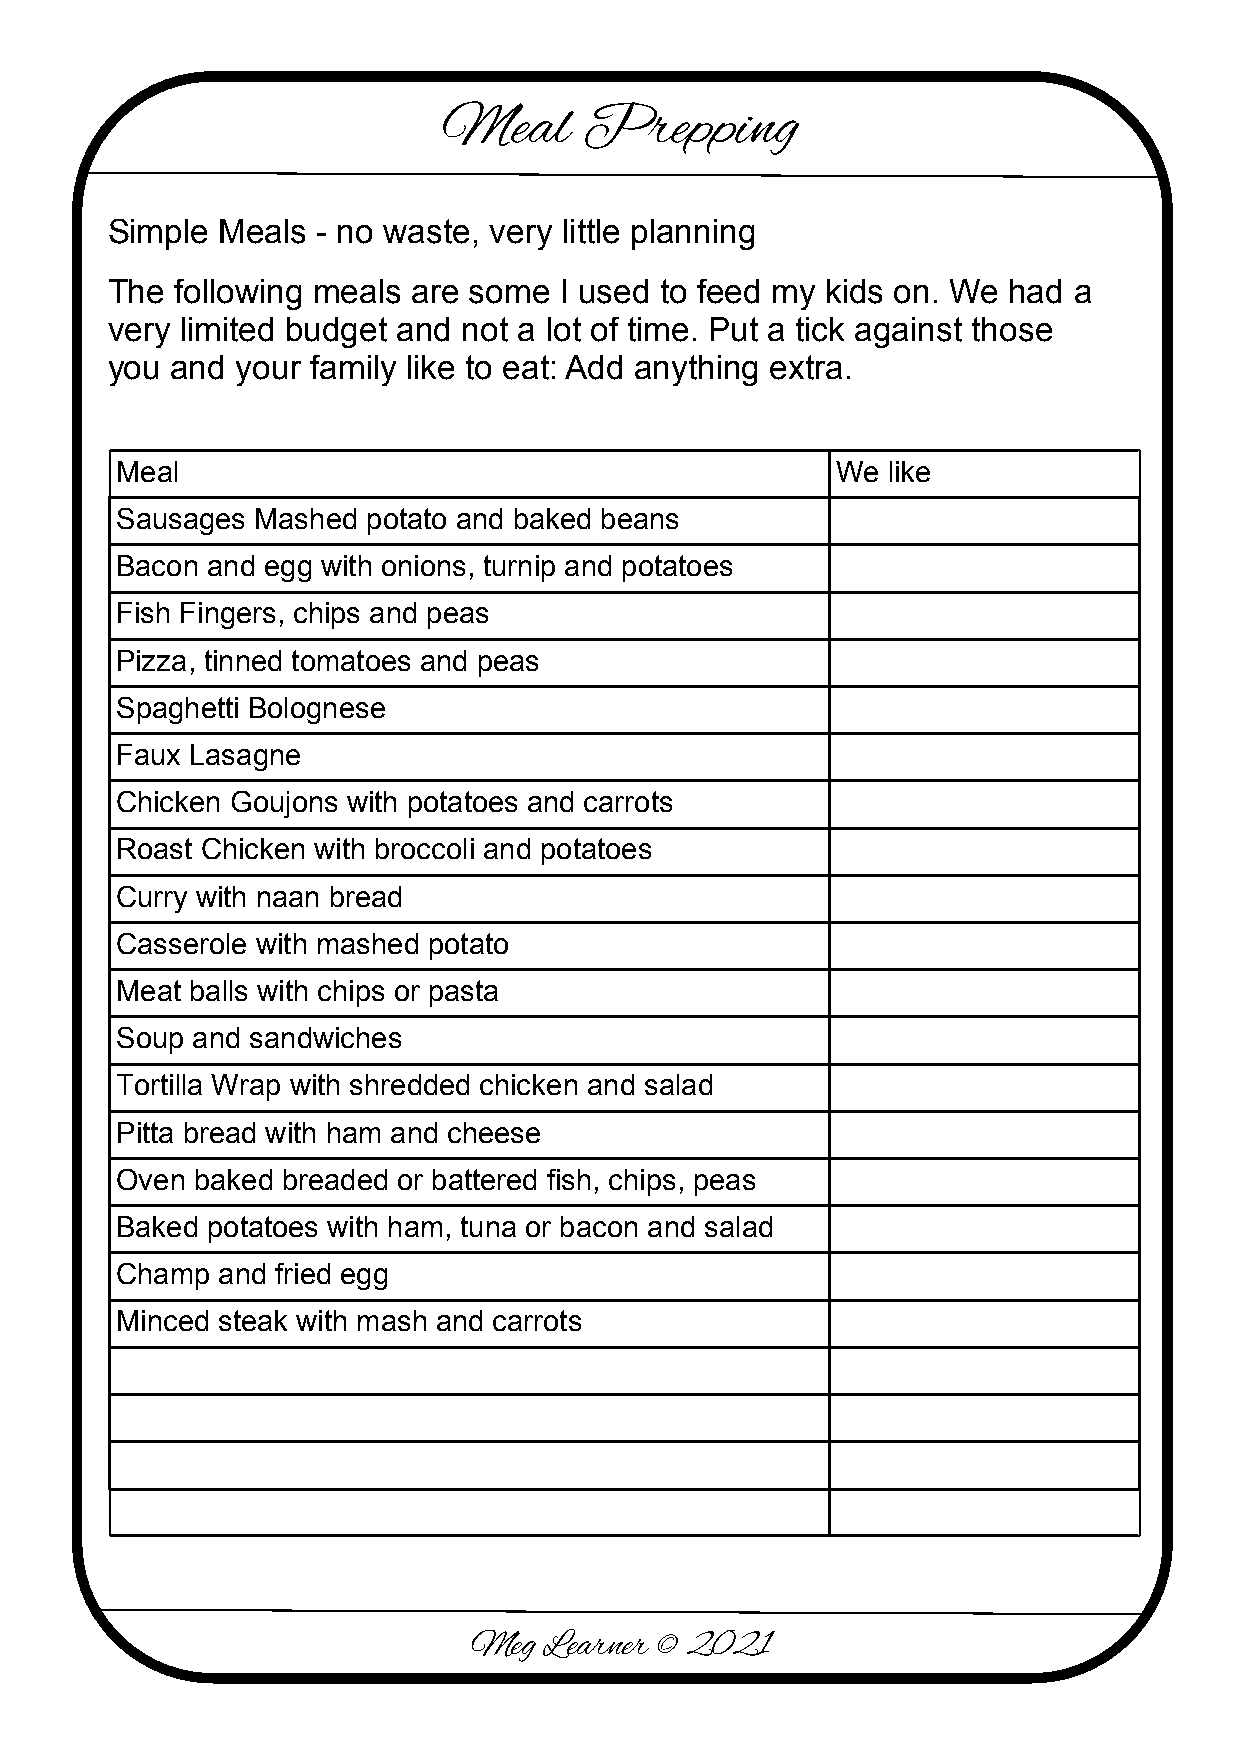
Meal      Prepping
 Simple Meals  - no waste, very little planning
 The  following meals are some I used to feed my kids on. We had a
 very limited budget and not a lot of time. Put a tick against those
 you and  your family like to eat: Add anything extra.
 Meal                                           We  like
 Sausages Mashed potato and baked beans
 Bacon and egg with onions, turnip and potatoes
 Fish Fingers, chips and peas
 Pizza, tinned tomatoes and peas
 Spaghetti Bolognese
 Faux Lasagne
 Chicken Goujons with potatoes and carrots
 Roast Chicken with broccoli and potatoes
 Curry with naan bread
 Casserole with mashed potato
 Meat balls with chips or pasta
 Soup and sandwiches
 Tortilla Wrap with shredded chicken and salad
 Pitta bread with ham and cheese
 Oven baked breaded or battered fish, chips, peas
 Baked potatoes with ham, tuna or bacon and salad
 Champ and fried egg
 Minced steak with mash and carrots
 Meg  Learner © 2021